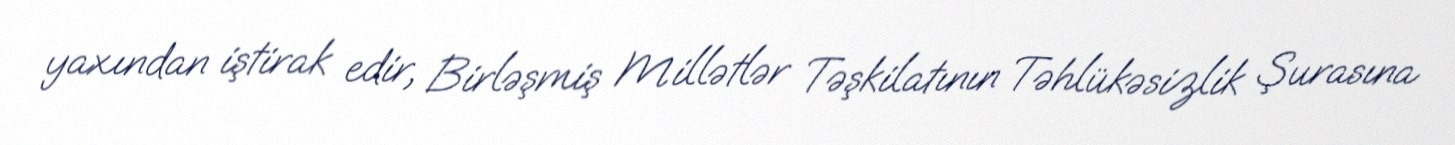
yaxından iştirak edir, Birləşmiş Millətlər Təşkilatının Təhlükəsizlik Şurasına